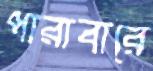
পারাবারে